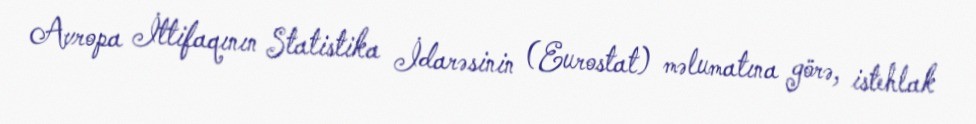
Avropa İttifaqının Statistika İdarəsinin (Eurostat) məlumatına görə, istehlak